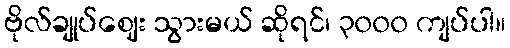
ဗိုလ်ချုပ်ဈေး သွားမယ် ဆိုရင်၊ ၃၀၀၀ ကျပ်ပါ။